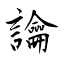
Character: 讑